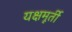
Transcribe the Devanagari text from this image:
यक्षमूर्ती